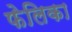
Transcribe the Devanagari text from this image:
फेलिका